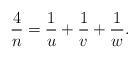
LaTeX: \begin{align*}\frac{4}{n} = \frac{1}{u} + \frac{1}{v} + \frac{1}{w}.\end{align*}